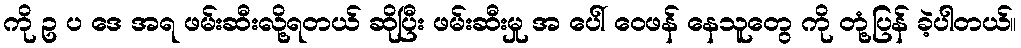
ကို ဥ ပ ဒေ အရ ဖမ်းဆီးလို့ရတယ် ဆိုပြီး ဖမ်းဆီးမှု အ ပေါ် ဝေဖန် နေသူတွေ ကို တုံ့ပြန် ခဲ့ပါတယ်။